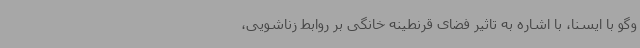
وگو با ایسنا، با اشاره به تاثیر فضای قرنطینه خانگی بر روابط زناشویی،